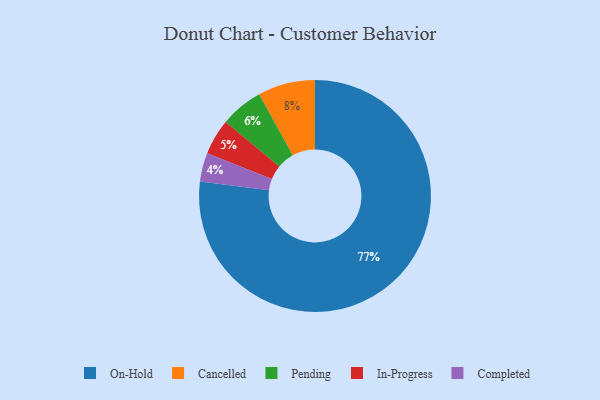
{"axis": {"x": "Category", "y": "Percentage"}, "legend": ["Cancelled", "Completed", "In-Progress", "On-Hold", "Pending"], "data": [{"x": "Completed", "y": 4, "type": "Completed"}, {"x": "On-Hold", "y": 77, "type": "On-Hold"}, {"x": "Pending", "y": 6, "type": "Pending"}, {"x": "Cancelled", "y": 8, "type": "Cancelled"}, {"x": "In-Progress", "y": 5, "type": "In-Progress"}]}